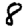
Digit: 8